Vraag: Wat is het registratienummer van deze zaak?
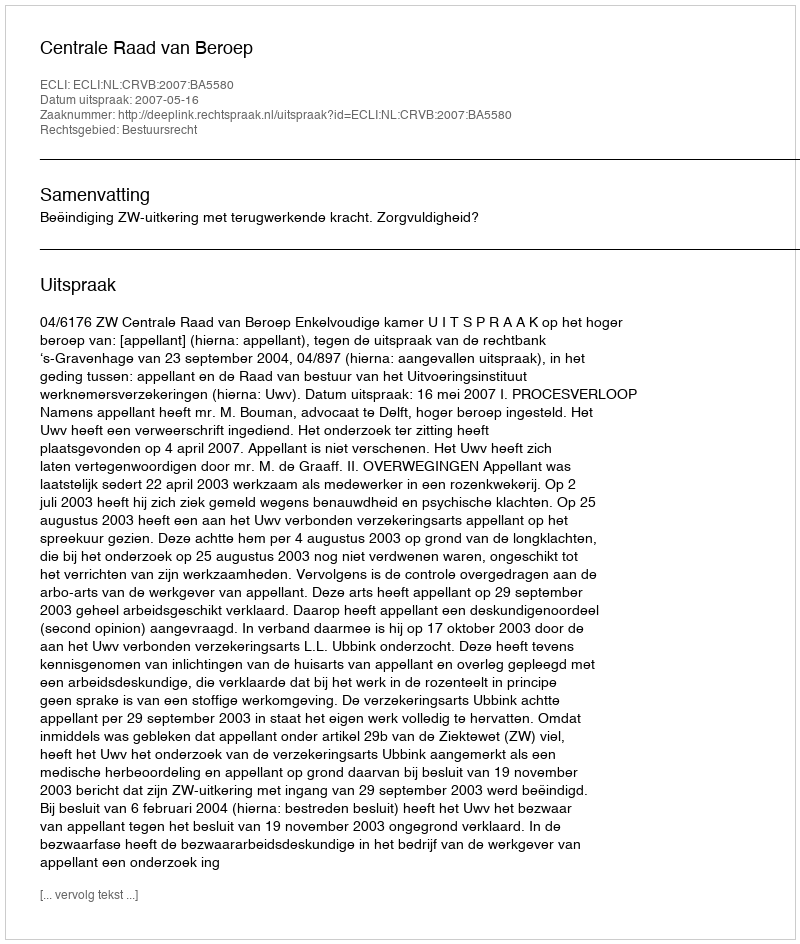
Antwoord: http://deeplink.rechtspraak.nl/uitspraak?id=ECLI:NL:CRVB:2007:BA5580